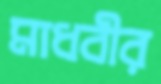
মাধবীর